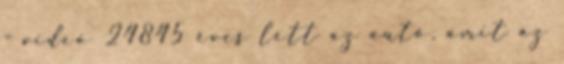
- videó 24845 éves lett az autó, amit az